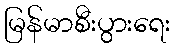
မြန်မာစီးပွားရေး